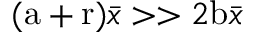
( \mathrm { a } + \mathrm { r } ) \bar { x } > > 2 \mathrm { b } \bar { x }